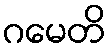
ဂမေတိ